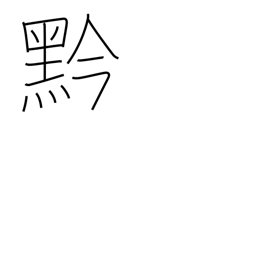
Meaning: black